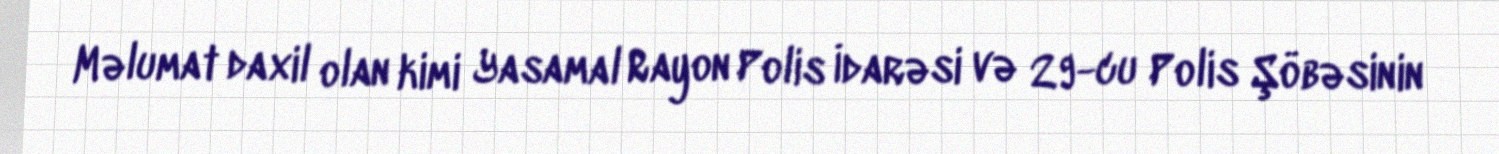
Məlumat daxil olan kimi Yasamal Rayon Polis İdarəsi və 29-cu Polis Şöbəsinin